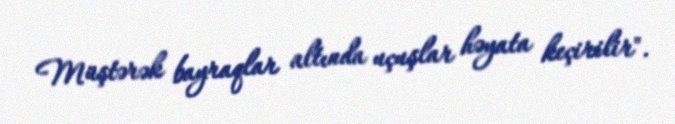
Müştərək bayraqlar altında uçuşlar həyata keçirilir".